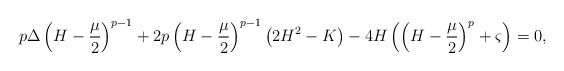
\begin{align*}p\Delta\left(H-\frac{\mu}{2}\right)^{p-1}+2p\left(H-\frac{\mu}{2}\right)^{p-1}\left(2H^2-K\right)-4H\left(\left(H-\frac{\mu}{2}\right)^{p}+\varsigma\right)=0,\end{align*}